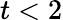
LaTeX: t<2